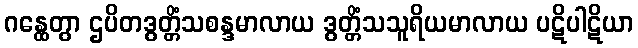
ဂန္ထေတွာ ဌပိတဒွတ္တိံသစန္ဒမာလာယ ဒွတ္တိံသသူရိယမာလာယ ပဋိပါဋိယာ